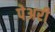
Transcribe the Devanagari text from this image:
पेअरी